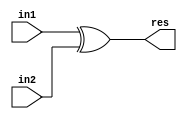
module my_xor(in1, in2, res);
  input in1, in2;
  output res;

  assign res = in1 ^ in2;
endmodule